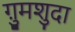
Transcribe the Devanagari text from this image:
ग़ुमशुदा